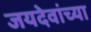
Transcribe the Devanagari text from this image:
जयदेवांच्या